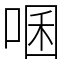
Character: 㖥